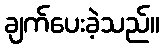
ချက်ပေးခဲ့သည်။